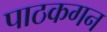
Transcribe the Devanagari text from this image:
पाठकगन